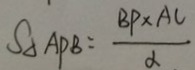
S _ { \Delta } A P B = \frac { B P \times A C } { \alpha }